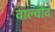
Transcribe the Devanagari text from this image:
वाल्वोद